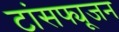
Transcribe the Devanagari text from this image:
टांसफ्यूजन